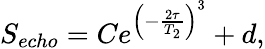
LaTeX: S_{echo}=Ce^{\left(-\frac{2\tau}{T_{2}}\right)^{3}}+d,